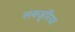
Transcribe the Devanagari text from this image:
लक्ज़ुरिया